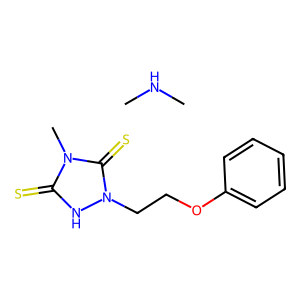
SMILES: CNC.Cn1c(=S)[nH]n(CCOc2ccccc2)c1=S
Inhibits HIV replication: No